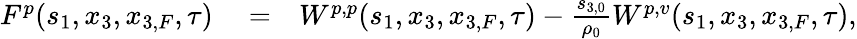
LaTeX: \begin{array}{rlr}{F^{p}(s_{1},x_{3},x_{3,F},\tau)}&{{}=}&{W^{p,p}(s_{1},x_{3},x_{3,F},\tau)-\frac{s_{3,0}}{\rho_{0}}W^{p,v}(s_{1},x_{3},x_{3,F},\tau),}\end{array}